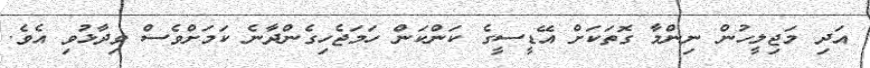
އަދި މަޖިލީހުން ނިންމާ ގޮތަކަށް އޭޑީސީގެ ކަންކަން ހަމަޖެހިގެންދާނެ ކަމަށްވެސް ވިދާޅުވި އެވެ.